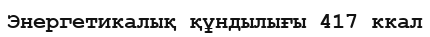
Энергетикалық құндылығы 417 ккал